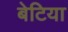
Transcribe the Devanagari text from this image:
बेटिया